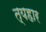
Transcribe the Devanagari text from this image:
त्यहार